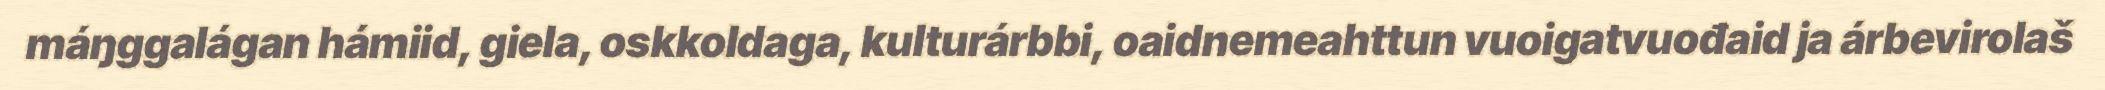
máŋggalágan hámiid, giela, oskkoldaga, kulturárbbi, oaidnemeahttun vuoigatvuođaid ja árbevirolaš